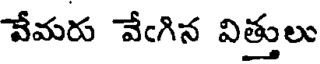
వేమరు వేఁగిన విత్తులు